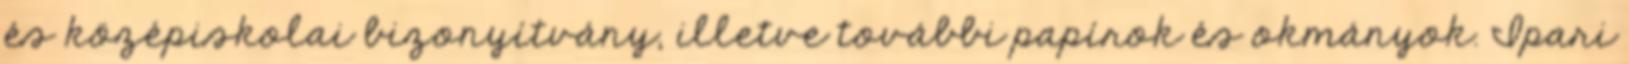
és középiskolai bizonyítvány, illetve további papírok és okmányok. Ipari